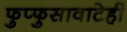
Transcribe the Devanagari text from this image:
फुप्फुसावाटेही